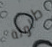
طاولة